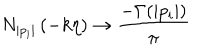
LaTeX: N _ { | p _ { i } | } \left( - k \eta \right) \to \frac { - \Gamma ( | p _ { i } | ) } { \pi }